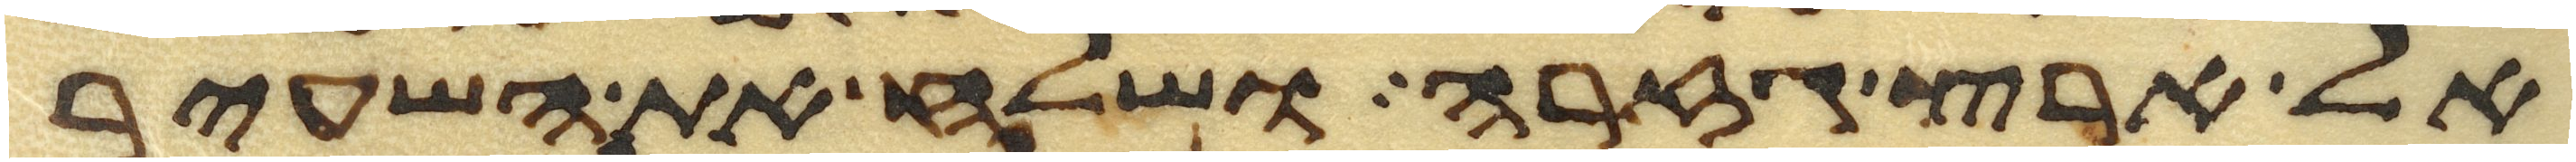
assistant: אל ארץ גזרה ושלח את השעיר